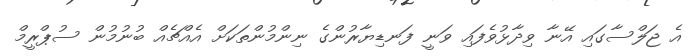
އެ ޖަލްސާގައި އޭނާ ވިދާޅުވެފައި ވަނީ ފަނޑިޔާރުންގެ ނިންމުންތަކަށް އެއްޗެއް ބުނުމުން ސުޕްރީމް